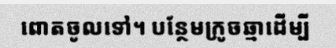
ពោតចូលទៅ។ បន្ថែមក្រូចឆ្មាដើម្បី